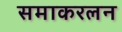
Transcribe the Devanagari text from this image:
समाकरलन